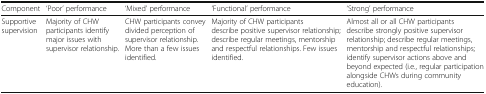
| Component | ‘Poor’ performance | ‘Mixed’ performance | ‘Functional’ performance | ‘Strong’ performance |
 | --- | --- | --- | --- | --- |
 | Supportive supervision | Majority of CHW participants identify major issues with supervisor relationship. | CHW participants convey divided perception of supervisor relationship. More than a few issues identified. | Majority of CHW participants describe positive supervisor relationship; describe regular meetings, mentorship and respectful relationships. Few issues identified. | Almost all or all CHW participants describe strongly positive supervisor relationship; describe regular meetings, mentorship and respectful relationships; identify supervisor actions above and beyond expected (i.e., regular participation alongside CHWs during community education). |